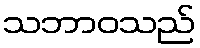
သဘာဝသည်